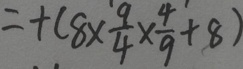
= + ( 8 \times \frac { 9 } { 4 } \times \frac { 4 } { 9 } + 8 )